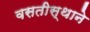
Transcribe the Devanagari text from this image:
वसतीस्थाने